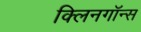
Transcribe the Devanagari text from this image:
क्लिनगॉन्स